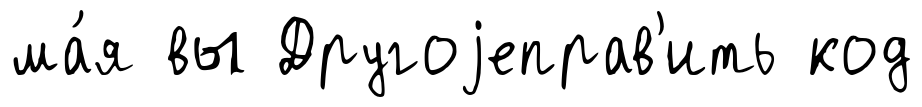
ма́я вы Другоjеправ'ить код